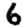
Digit: 6